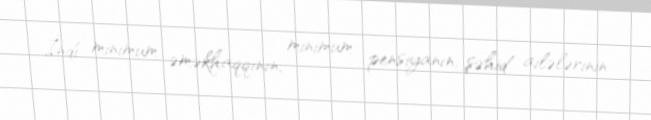
İndi minimum əməkhaqqının, minimum pensiyanın, şəhid ailələrinin